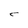
Character: C